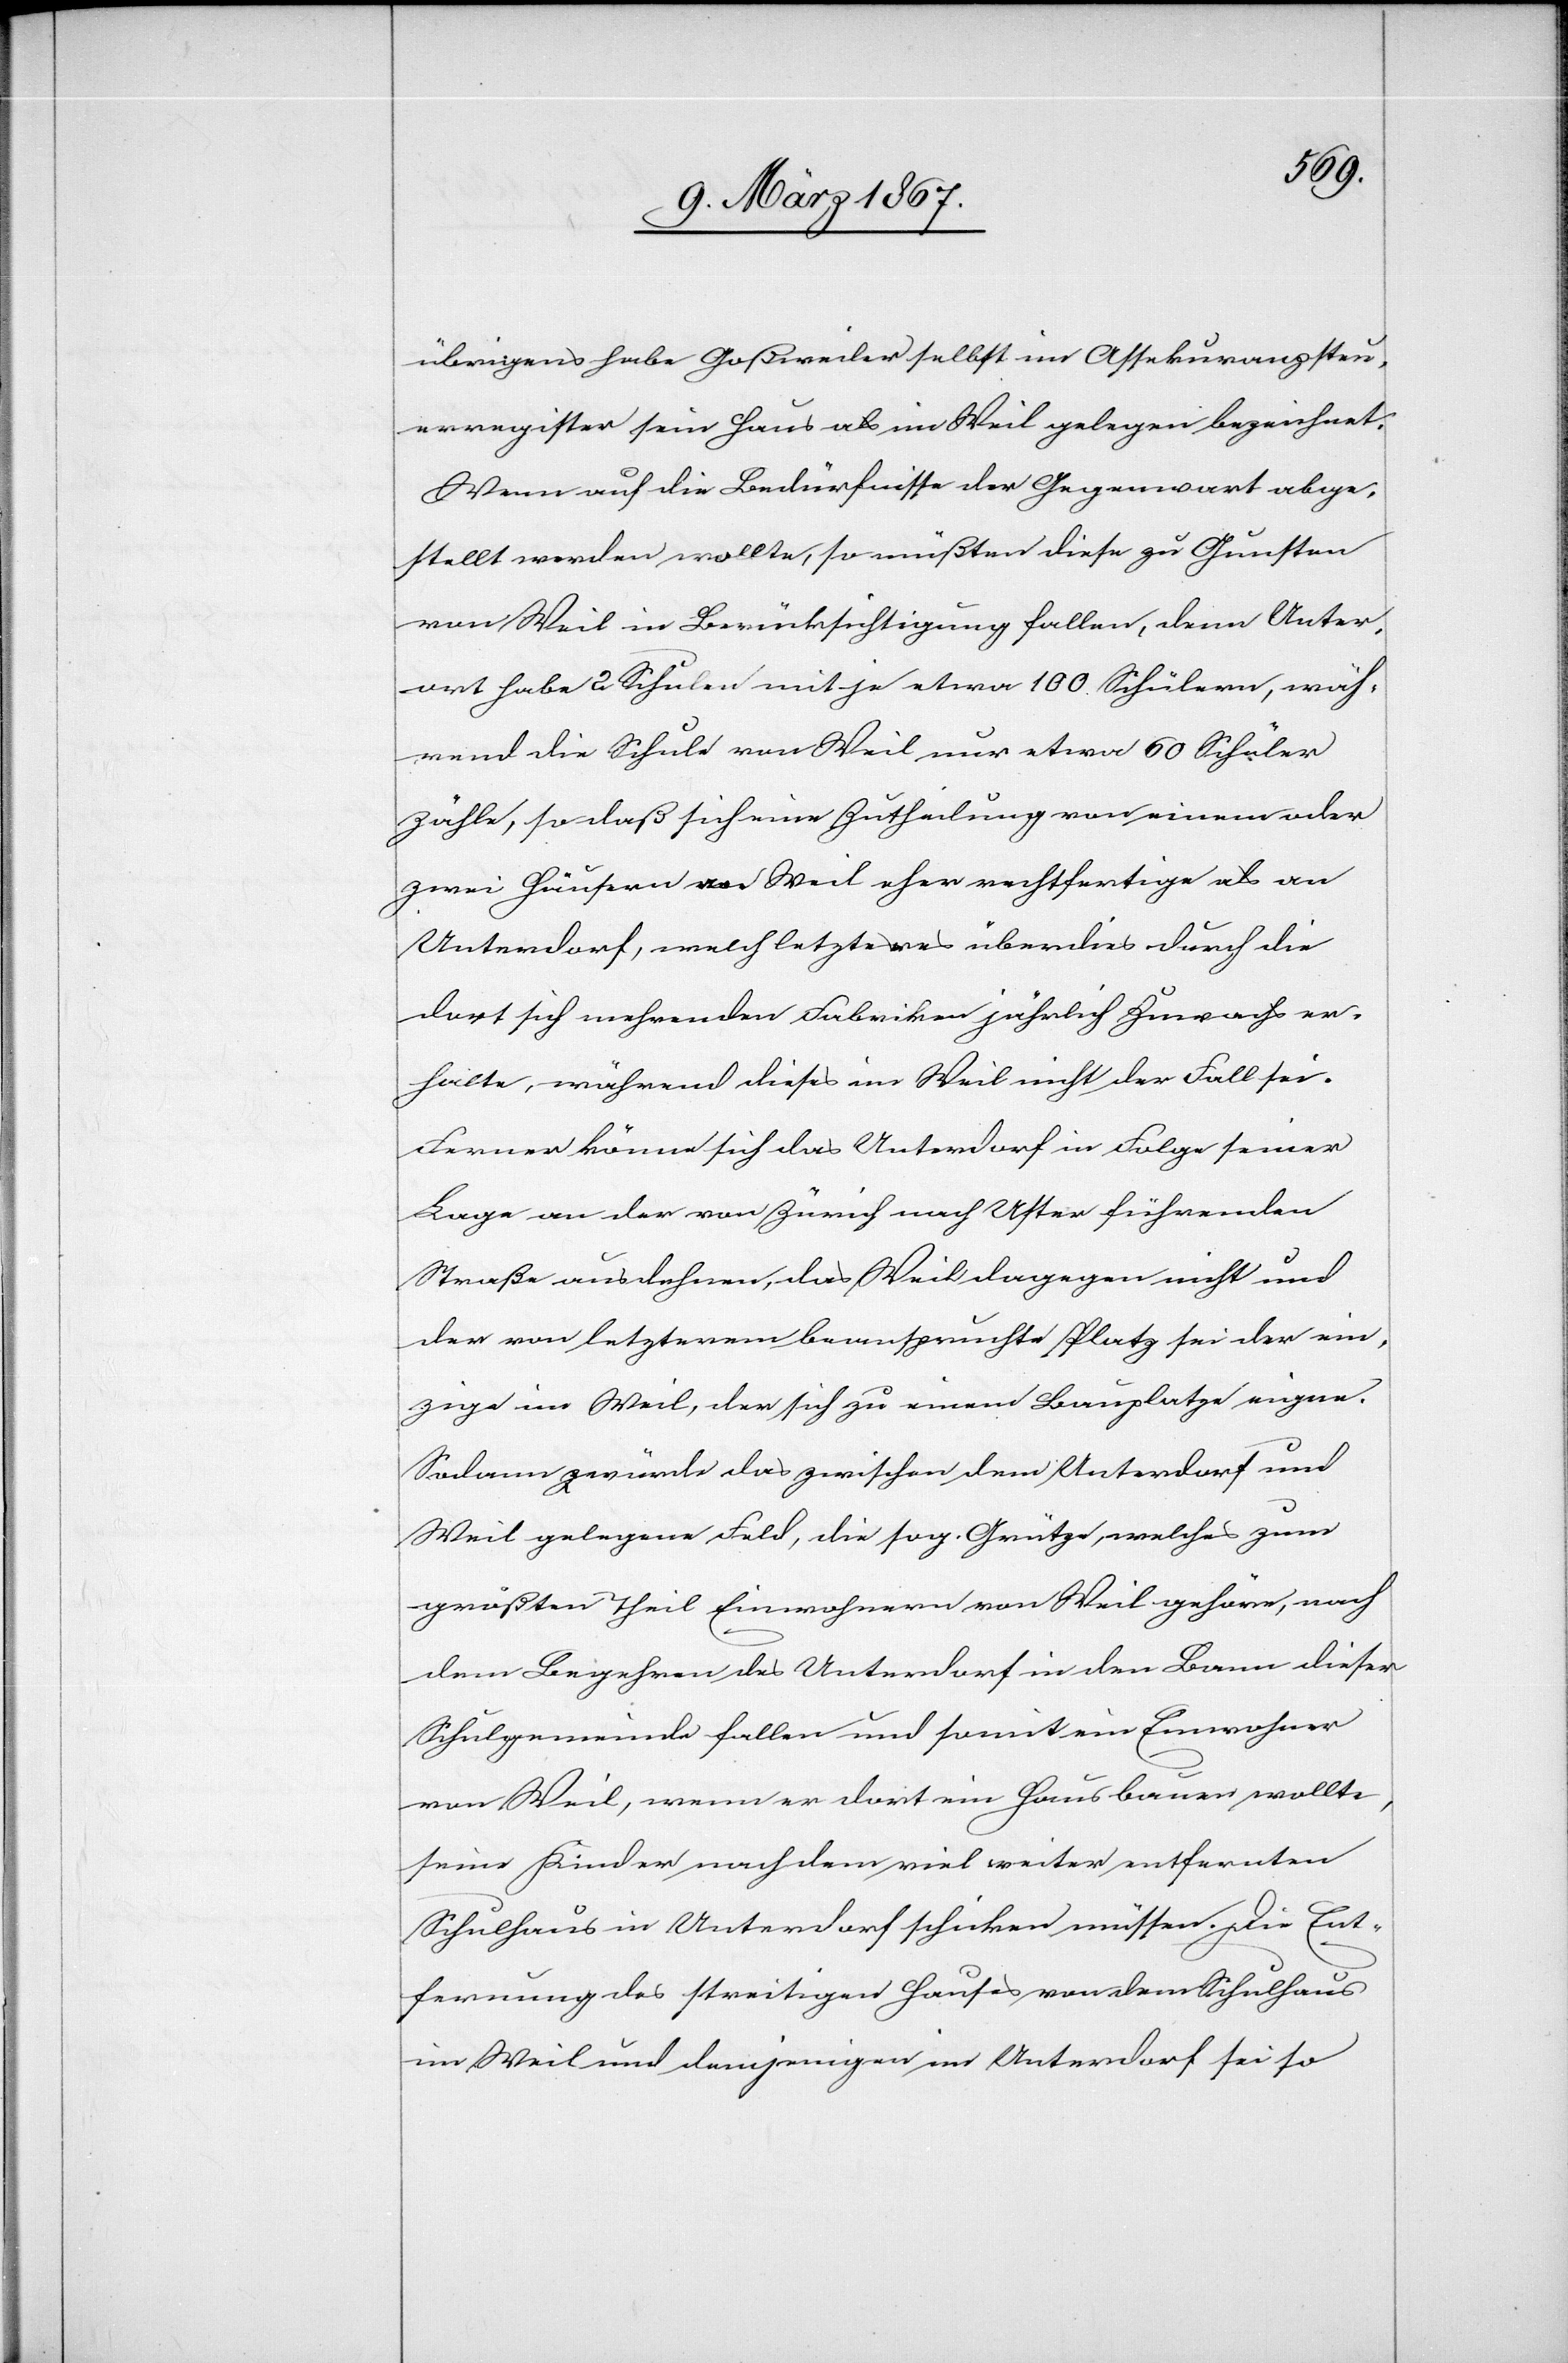
übrigens habe Goßweiler selbst im Assekuranzsteu¬
erregister sein Haus als im Weil gelegen bezeichnet.
Wenn auf die Bedürfnisse der Gegenwart abge¬
stellt werden wollte, so müßten diese zu Gunsten
von Weil in Berücksichtigung fallen, denn Unter¬
dorf habe 2 Schulen mit je etwa 100 Schülern, wäh¬
rend die Schule von Weil nur etwa 60 Schüler
zähle, so daß sich eine Zutheilung von einem oder
zwei Häusern an Weil eher rechtfertige als an
Unterdorf, welch letzteres überdies durch die
dort sich mehrenden Fabriken jährlich Zuwachs er¬
halte, während dieses im Weil nicht der Fall sei.
Ferner könne sich das Unterdorf in Folge seiner
Lage an der von Zürich nach Uster führenden
Straße ausdehnen, das Weil dagegen nicht und
der von letzterem beanspruchte Platz sei der ein¬
zige im Weil, der sich zu einem Bauplatze eigne.
Sodann würde das zwischen dem Unterdorf und
Weil gelegene Feld, die sog. Grütze, welches zum
größten Theil Einwohnern von Weil gehöre, nach
dem Begehren des Unterdorf in den Bann dieser
Schulgemeinde fallen und somit ein Einwohner
von Weil, wenn er dort ein Haus bauen wollte,
seine Kinder nach dem viel weiter entfernten
Schulhaus Unterdorf schicken müssen. Die Ent¬
fernung des streitigen Hauses von dem Schulhaus
im Weil und demjenigen im Unterdorf sei so